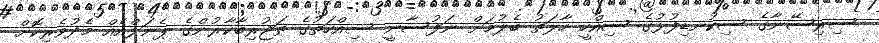
ސިރިސޭނާގެ ސިކުނޑިފުޅުގެ ސިއްހީ ހާލަތު ބެލުމަށް ނަފުސާނީ ސިއްހަތުގެ ތަޖުރިބާކާރުންގެ ޕެނަލްއެއް މެދުވެރިކޮށް